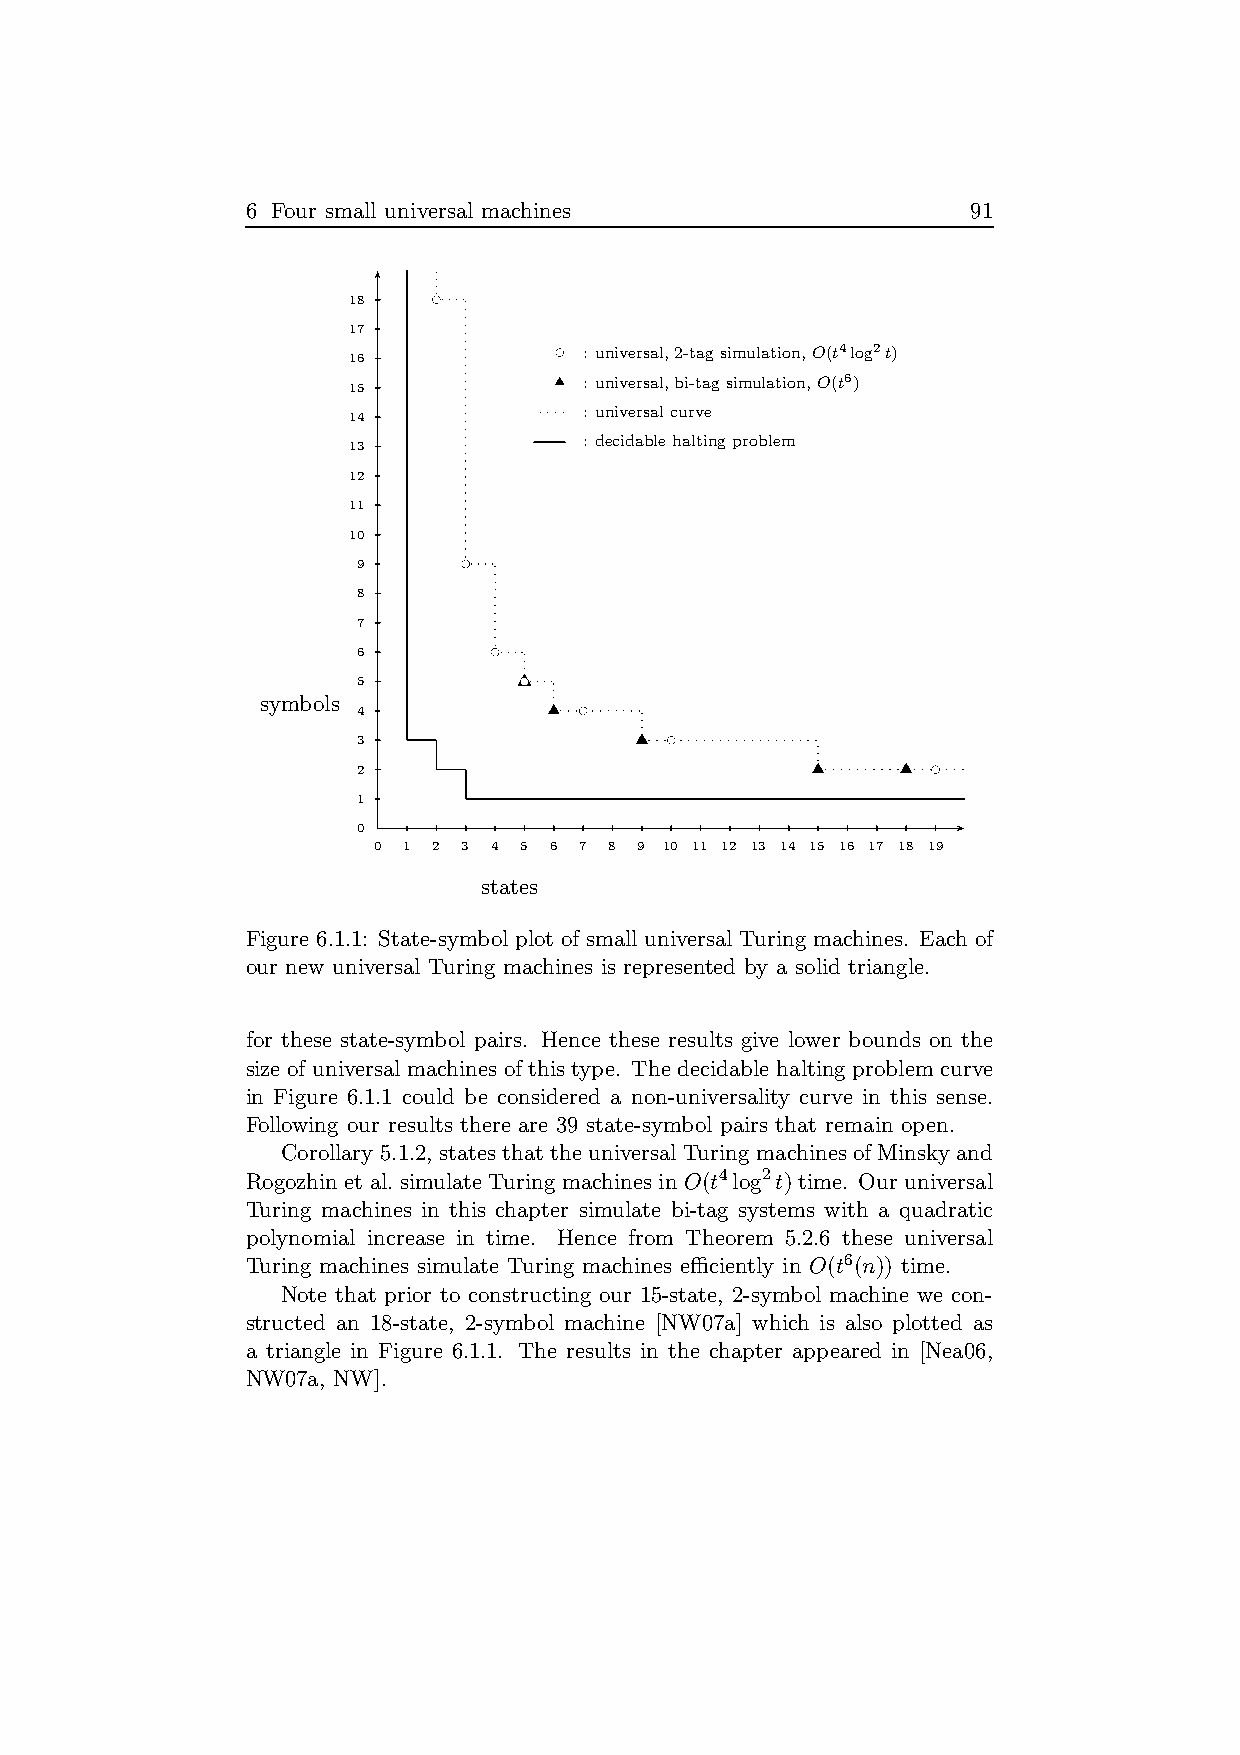
6 Four small universal machines                 91
 18    bc
 17
 16            bc : universal,2-tagsimulation,O(t4log2t)
 15            u : universal,bi-tagsimulation,O(t6)
 : universalcurve
 14
 : decidablehaltingproblem
 13
 12
 11
 10
 9      bc
 8
 7
 6        bc
 5          ubc
 symbols
 4            u bc
 3                 u bc
 2                             u     u bc
 1
 0
 0 1 2 3 4 5 6 7 8 9 10 11 12 13 14 15 16 17 18 19
 states
 Figure 6.1.1: State-symbol plot of small universal Turingmachines. Each of
 our new universal Turing machines is represented by a solid triangle.
 for these state-symbol pairs. Hence these results give lower bounds on the
 size of universal machines of this type. Thedecidable halting problem curve
 in Figure 6.1.1 could be considered a non-universality curve in this sense.
 Following our results there are 39 state-symbol pairs that remain open.
 Corollary 5.1.2, states that theuniversalTuringmachinesof Minsky and
 Rogozhin et al. simulate Turingmachines in O(t4log2t) time. Ouruniversal
 Turing machines in this chapter simulate bi-tag systems with a quadratic
 polynomial increase in time. Hence from Theorem 5.2.6 these universal
 Turing machines simulate Turing machines efficiently in O(t6(n)) time.
 Note that prior to constructing our 15-state, 2-symbol machine we con-
 structed an 18-state, 2-symbol machine [NW07a] which is also plotted as
 a triangle in Figure 6.1.1. The results in the chapter appeared in [Nea06,
 NW07a, NW].